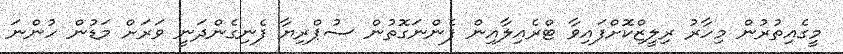
މީގެއިތުރުން މިހާރު ރިލީޒްކޮށްފައިވާ ޓްރެއިލާއިން ފެންނަގޮތުން ސުޕްރިޔާ ފެނިގެންދަނީ ވަރަށް މަޑުން ހުންނަ